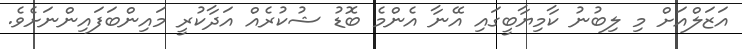
އަޒަލްއަށް މި ލިބުނު ކާމިޔާބީގައި އޭނާ އެންމެ ބޮޑު ޝުކުރެއް އަދާކުރީ މައިންބަފައިންނަށެވެ.